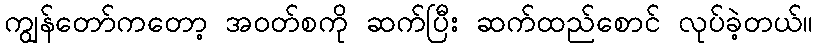
ကျွန်တော်ကတော့ အဝတ်စကို ဆက်ပြီး ဆက်ထည်စောင် လုပ်ခဲ့တယ်။